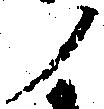
ノ